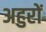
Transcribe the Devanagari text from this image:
अहुरों